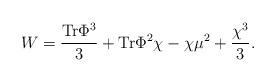
LaTeX: \begin{align*}W = {{\rm Tr}\Phi^3\over 3} + {\rm Tr}\Phi^2 \chi - \chi\mu^2 +{\chi^3 \over 3}.\end{align*}